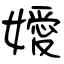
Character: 嬡